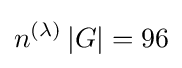
n^{(\lambda )}\,|G|=96